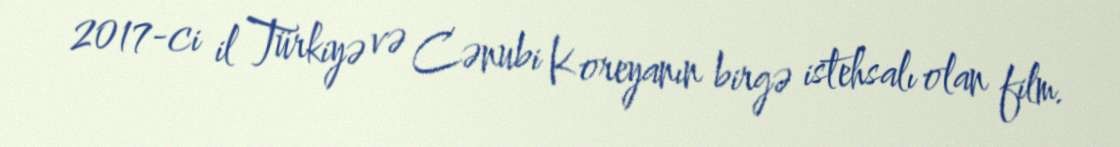
2017-ci il Türkiyə və Cənubi Koreyanın birgə istehsalı olan film.